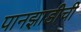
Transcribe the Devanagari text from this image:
पानझाडीची